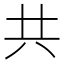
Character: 共